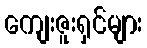
ကျေးဇူးရှင်များ